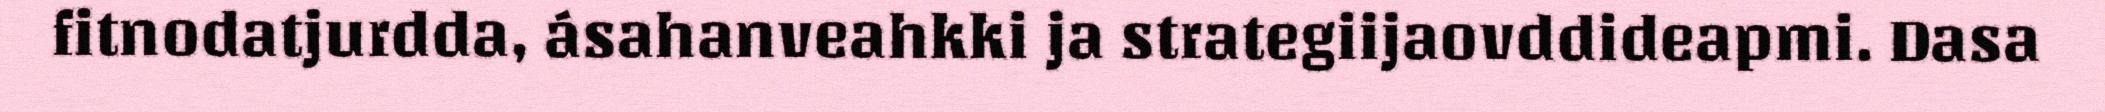
fitnodatjurdda, ásahanveahkki ja strategiijaovddideapmi. Dasa